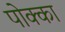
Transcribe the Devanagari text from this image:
पोक्का